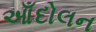
આઁદોલન